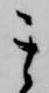
其